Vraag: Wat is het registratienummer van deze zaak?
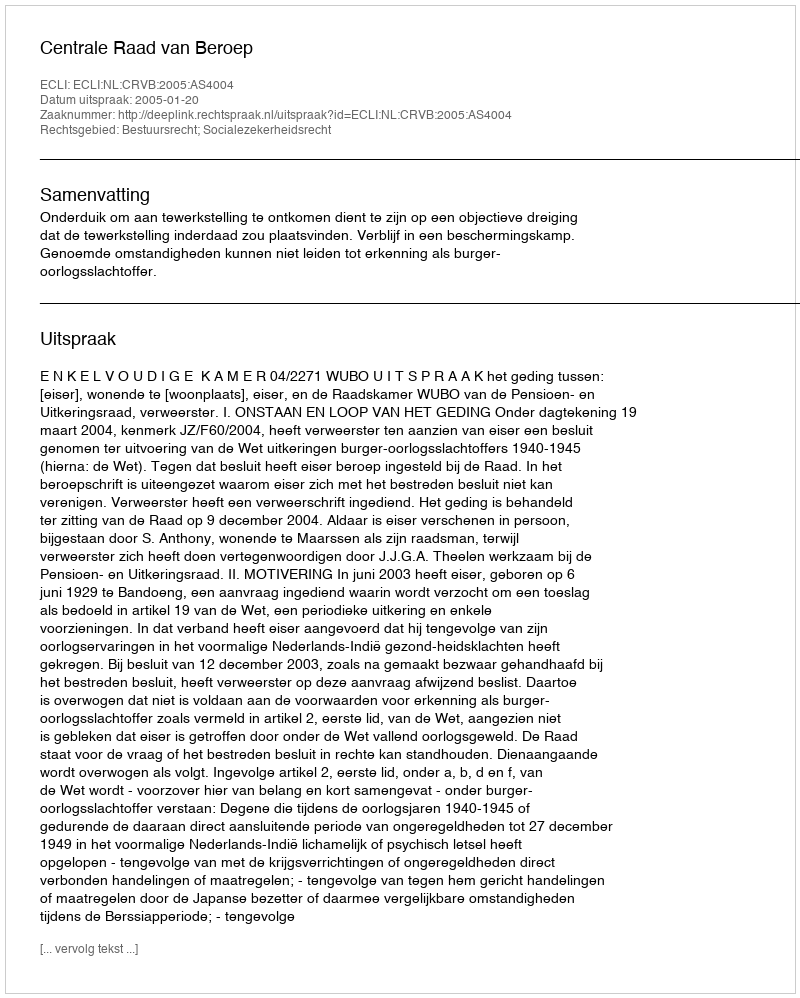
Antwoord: http://deeplink.rechtspraak.nl/uitspraak?id=ECLI:NL:CRVB:2005:AS4004